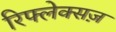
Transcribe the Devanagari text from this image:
रिफ्लेक्सज़